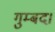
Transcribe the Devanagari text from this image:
गुम्बद।